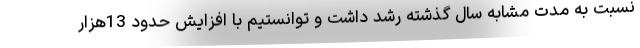
نسبت به مدت مشابه سال گذشته رشد داشت و توانستیم با افزایش حدود 13هزار